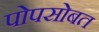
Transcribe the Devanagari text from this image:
पोपसोबत